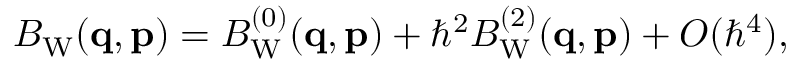
\begin{array} { r } { B _ { \mathrm { W } } ( \ensuremath { \mathbf { q } } , \ensuremath { \mathbf { p } } ) = B _ { \mathrm { W } } ^ { ( 0 ) } ( \ensuremath { \mathbf { q } } , \ensuremath { \mathbf { p } } ) + \hbar ^ { 2 } B _ { \mathrm { W } } ^ { ( 2 ) } ( \ensuremath { \mathbf { q } } , \ensuremath { \mathbf { p } } ) + O ( \hbar ^ { 4 } ) , } \end{array}